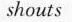
shouts